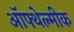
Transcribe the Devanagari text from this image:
ऑफ्थेल्मीक